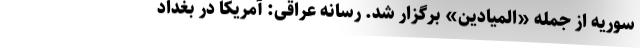
سوریه از جمله «المیادین» برگزار شد. رسانه عراقی: آمریکا در بغداد